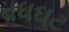
વધઘટ